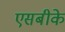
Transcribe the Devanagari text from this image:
एसबीके